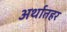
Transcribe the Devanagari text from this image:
अर्थातहर